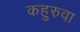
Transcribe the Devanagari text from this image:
कहुरुवा